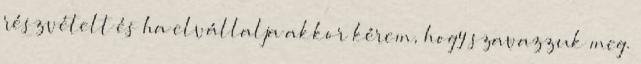
részvételt és ha elvállalja akkor kérem, hogy szavazzuk meg.